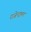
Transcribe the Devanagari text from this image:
राजेन्द्रमल